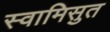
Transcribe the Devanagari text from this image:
स्वामिसुत